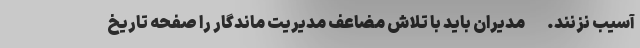
آسیب نزنند. - مدیران باید با تلاش مضاعف مدیریت ماندگار را صفحه تاریخ